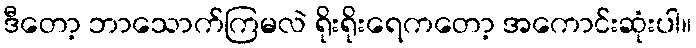
ဒီတော့ ဘာသောက်ကြမလဲ ရိုးရိုးရေကတော့ အကောင်းဆုံးပါ။